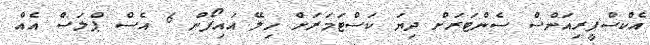
އެކްސްޕީރިއަންސް ސެންޓަރަށް ދިޔަ ކަސްޓަމަރަށް ހިލޭ އައިފޯން 6 އެސް ޕްލަސް އެއް